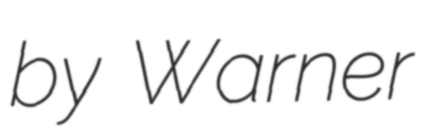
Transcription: by Warner